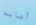
أصابه